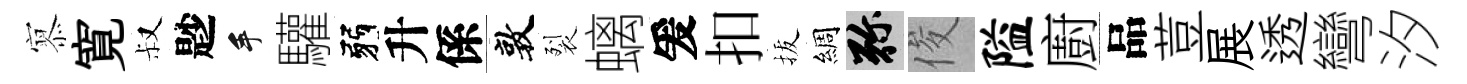
𡪹寛叔尟手驩弱升係敦裂螭爰扣拔綢弥俊隘廚品荳展透彎汐